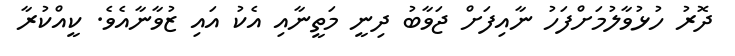
ދޮރު ހުޅުވާލުމަށްފަހު ނާއިފަށް ޖަވާބު ދިނީ މަތީނާއި އެކު އައި ޒުވާނާއެވެ. ކީއްކުރާ